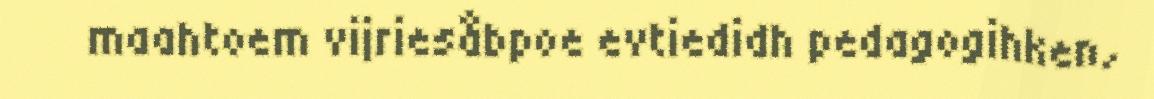
maahtoem vijriesåbpoe evtiedidh pedagogihken,